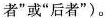
者”或”后者”)。